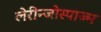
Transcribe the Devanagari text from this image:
लेरीन्जोस्पाज्म